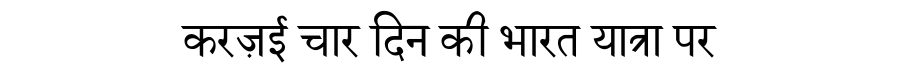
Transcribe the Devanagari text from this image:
करज़ई चार दिन की भारत यात्रा पर